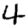
Digit: 4